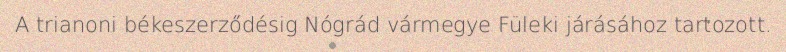
A trianoni békeszerződésig Nógrád vármegye Füleki járásához tartozott.